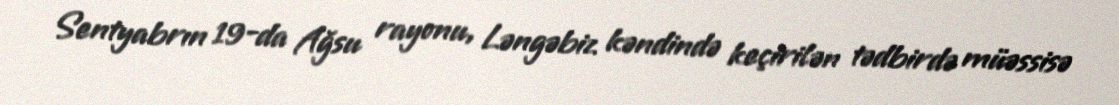
Sentyabrın 19-da Ağsu rayonu, Ləngəbiz kəndində keçirilən tədbirdə müəssisə